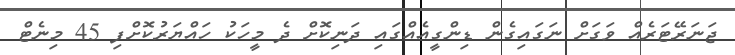
ޖަނަރޭޓަރެއް ވަގަށް ނަގައިގެން ޑިންގީއެއްގައި ދަނިކޮށް ދެ މީހަކު ހައްޔަރުކޮށްފި 45 މިނެޓް